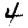
Digit: 4